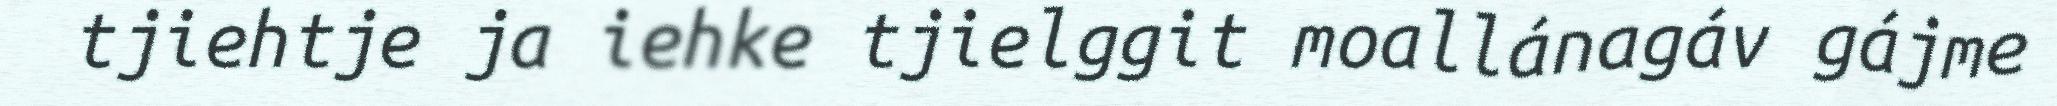
tjiehtje ja iehke tjielggit moallánagáv gájme